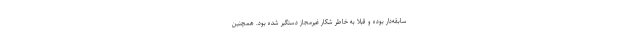
سابقه‌دار بوده و قبلا به خاطر شکار غیرمجاز دستگیر شده بود. همچنین